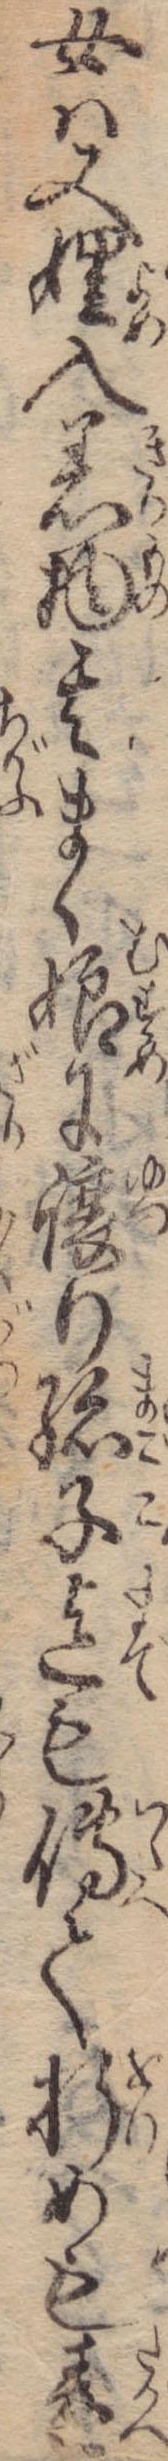
女は又娌入着物其まゝ娘に譲り孫子迄も伝て折めも違